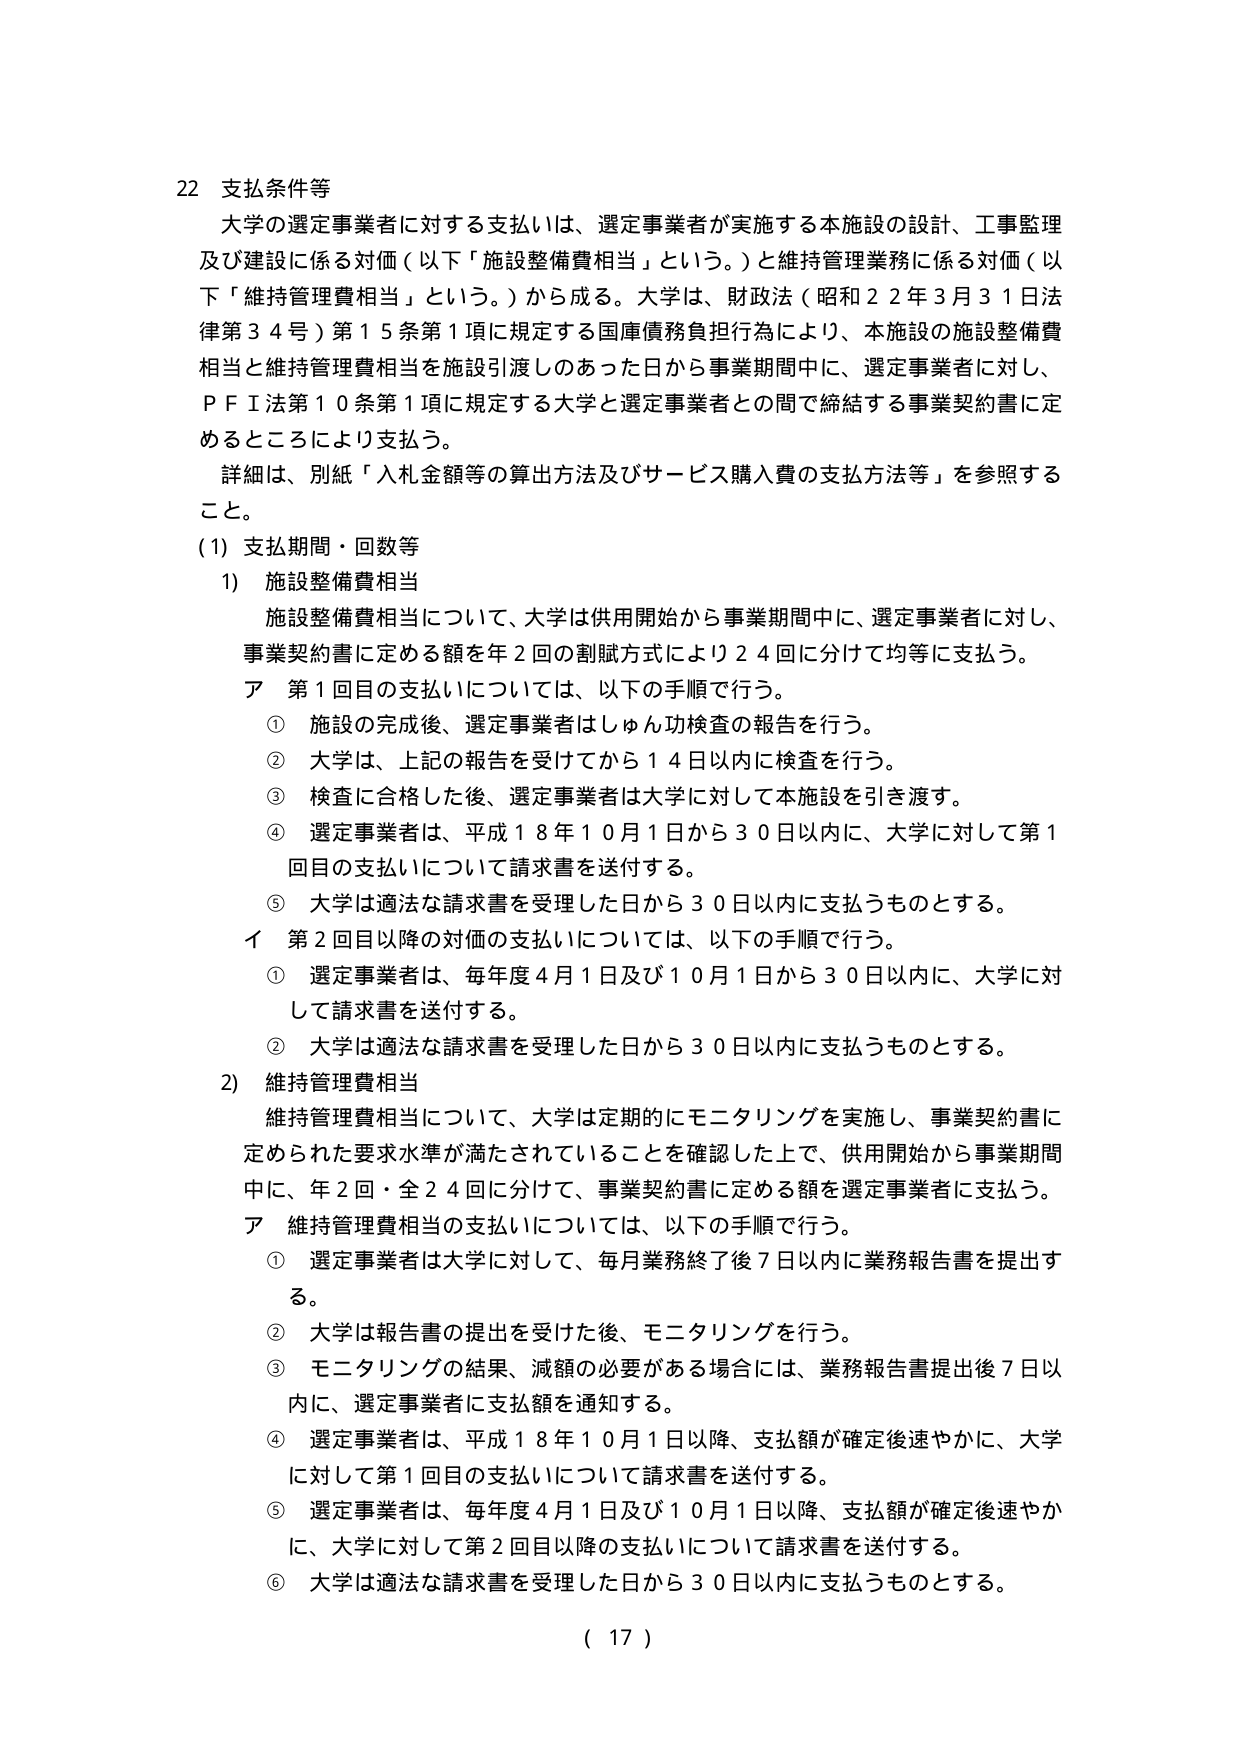
22 支払条件等
大学の選定事業者に対する支払いは、選定事業者が実施する本施設の設計、工事監理及び建設に係る対価（以下「施設整備費相当」という。）と維持管理業務に係る対価（以下「維持管理費相当」という。）から成る。大学は、財政法（昭和22年3月31日法律第34号）第15条第1項に規定する国庫債務負担行為により、本施設の施設整備費相当と維持管理費相当を施設引渡しのあった日から事業期間中に、選定事業者に対し、ＰＦＩ法第10条第1項に規定する大学と選定事業者との間で締結する事業契約書に定めるところにより支払う。
詳細は、別紙「入札金額等の算出方法及びサービス購入費の支払方法等」を参照すること。

(1) 支払期間・回数等
1) 施設整備費相当
　施設整備費相当について、大学は供用開始から事業期間中に、選定事業者に対し、事業契約書に定める額を年2回の割賦方式により24回に分けて均等に支払う。
　ア 第1回目の支払いについては、以下の手順で行う。
　　① 施設の完成後、選定事業者はしゅん功検査の報告を行う。
　　② 大学は、上記の報告を受けてから14日以内に検査を行う。
　　③ 検査に合格した後、選定事業者は大学に対して本施設を引き渡す。
　　④ 選定事業者は、平成18年10月1日から30日以内に、大学に対して第1回目の支払いについて請求書を送付する。
　　⑤ 大学は適法な請求書を受理した日から30日以内に支払うものとする。
　イ 第2回目以降の対価の支払いについては、以下の手順で行う。
　　① 選定事業者は、毎年度4月1日及び10月1日から30日以内に、大学に対して請求書を送付する。
　　② 大学は適法な請求書を受理した日から30日以内に支払うものとする。

2) 維持管理費相当
　維持管理費相当について、大学は定期的にモニタリングを実施し、事業契約書に定められた要求水準が満たされていることを確認した上で、供用開始から事業期間中に、年2回・全24回に分けて、事業契約書に定める額を選定事業者に支払う。
　ア 維持管理費相当の支払いについては、以下の手順で行う。
　　① 選定事業者は大学に対して、毎月業務終了後7日以内に業務報告書を提出する。
　　② 大学は報告書の提出を受けた後、モニタリングを行う。
　　③ モニタリングの結果、減額の必要がある場合には、業務報告書提出後7日以内に、選定事業者に支払額を通知する。
　　④ 選定事業者は、平成18年10月1日以降、支払額が確定後速やかに、大学に対して第1回目の支払いについて請求書を送付する。
　　⑤ 選定事業者は、毎年度4月1日及び10月1日以降、支払額が確定後速やかに、大学に対して第2回目以降の支払いについて請求書を送付する。
　　⑥ 大学は適法な請求書を受理した日から30日以内に支払うものとする。

( 17 )